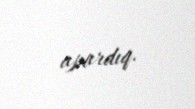
apardıq.